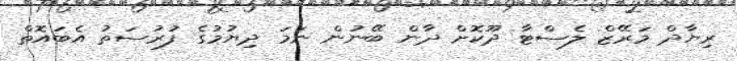
ރިޔާދް މަރޭޒް ލެސްޓާ ދޫކޮށް ދާން ބޭނުން ނަމަ ދިޔުމުގެ ފުރުސަތު އެބައޮތް